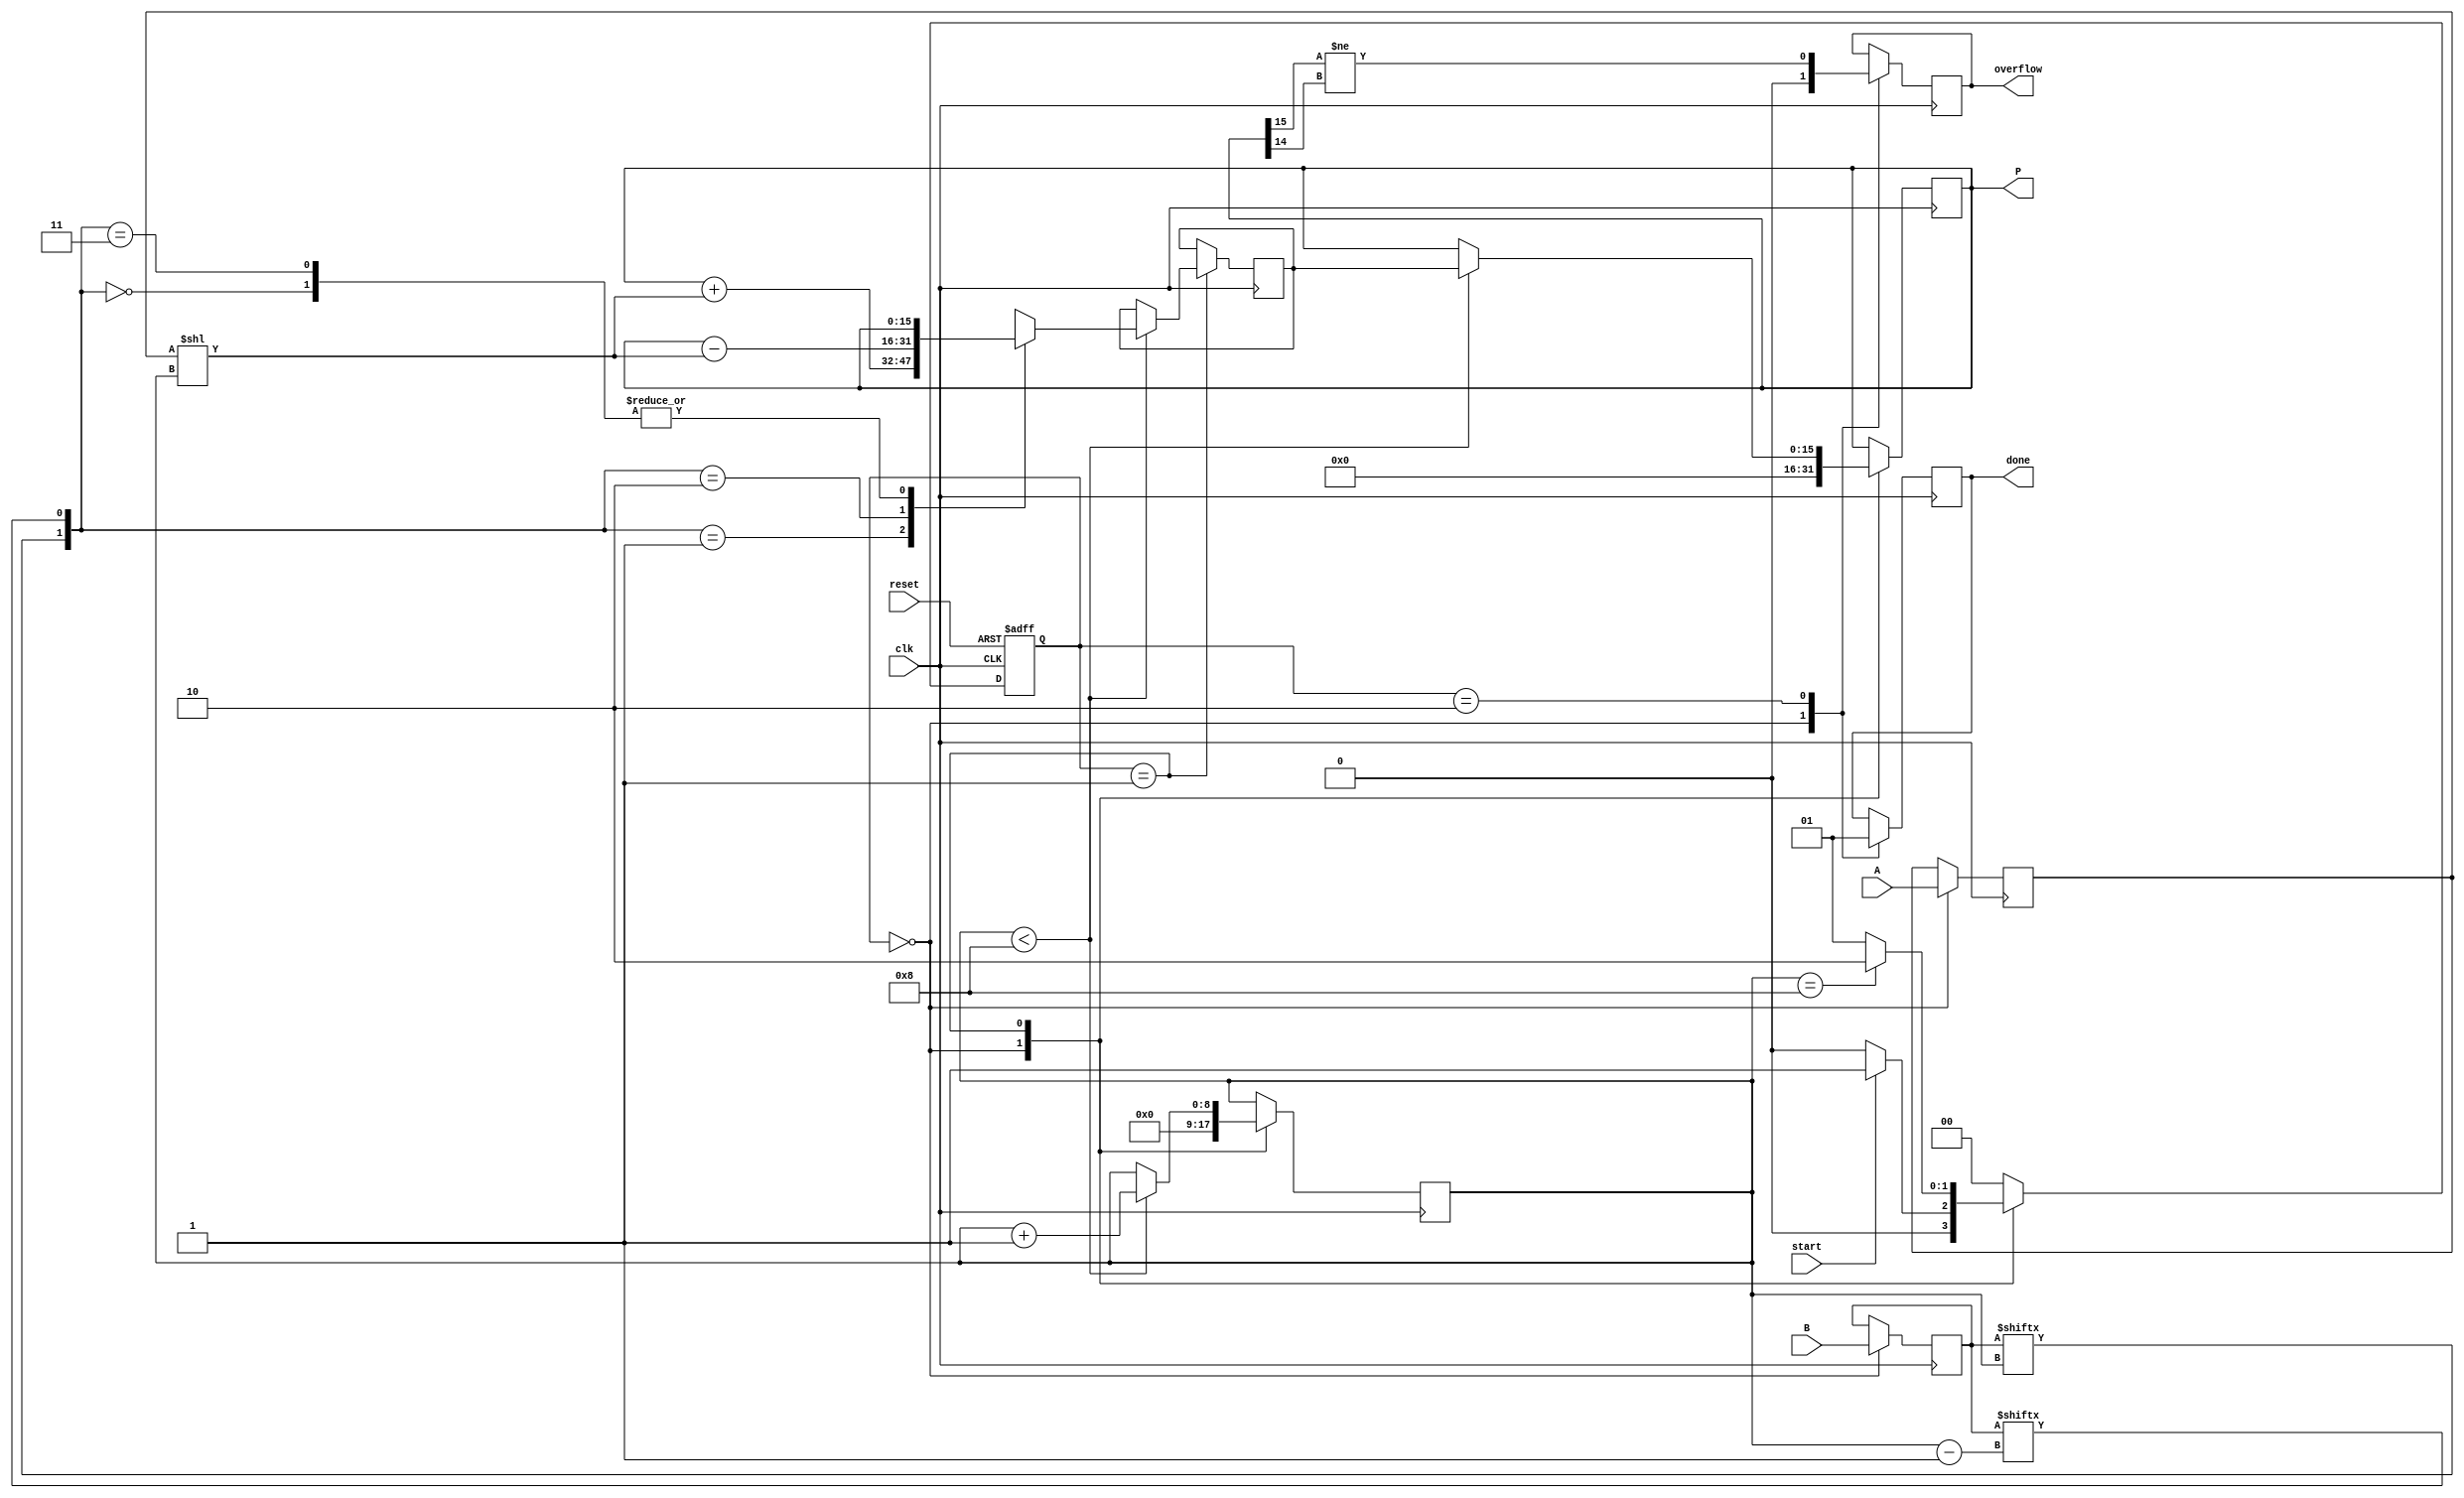
module modified_booth_multiplier #(parameter WIDTH = 8) (
    input wire clk,
    input wire reset,
    input wire start,
    input wire signed [WIDTH-1:0] A, // Multiplicand
    input wire signed [WIDTH-1:0] B, // Multiplier
    output reg signed [2*WIDTH-1:0] P, // Product
    output reg done,
    output reg overflow
);
    // State encoding
    localparam IDLE = 2'b00, PROCESSING = 2'b01, DONE = 2'b10;
    reg [1:0] state, next_state;

    // Internal signals
    reg signed [WIDTH-1:0] partial_product [0:WIDTH-1];
    reg [WIDTH-1:0] multiplier;
    reg [WIDTH:0] count; // To keep track of steps
    reg [WIDTH-1:0] multiplicand;
    reg [2*WIDTH-1:0] product_temp;

    // State transition
    always @(posedge clk or posedge reset) begin
        if (reset) begin
            state <= IDLE;
        end else begin
            state <= next_state;
        end
    end

    // Next state logic
    always @(*) begin
        case (state)
            IDLE: begin
                if (start) begin
                    next_state = PROCESSING;
                end else begin
                    next_state = IDLE;
                end
            end
            PROCESSING: begin
                if (count == WIDTH) begin
                    next_state = DONE;
                end else begin
                    next_state = PROCESSING;
                end
            end
            DONE: begin
                next_state = IDLE;
            end
            default: next_state = IDLE;
        endcase
    end

    // Main operation
    always @(posedge clk) begin
        case (state)
            IDLE: begin
                done <= 0;
                P <= 0;
                count <= 0;
                multiplier <= B;
                multiplicand <= A;
                overflow <= 0;
            end
            
            PROCESSING: begin
                if (count < WIDTH) begin
                    case ({multiplier[count], multiplier[count-1]}) // Booth's encoding
                        2'b00: begin
                            // No operation
                            product_temp <= P;
                        end
                        2'b01: begin
                            // Add A
                            product_temp <= P + (multiplicand << count);
                        end
                        2'b10: begin
                            // Subtract A
                            product_temp <= P - (multiplicand << count);
                        end
                        2'b11: begin
                            // No operation
                            product_temp <= P;
                        end
                    endcase
                    P <= product_temp;
                    count <= count + 1;
                end
            end
            
            DONE: begin
                done <= 1;
                // Overflow check (simple check based on sign bits)
                overflow <= (P[2*WIDTH-1] != P[2*WIDTH-2]);
            end
        endcase
    end
endmodule